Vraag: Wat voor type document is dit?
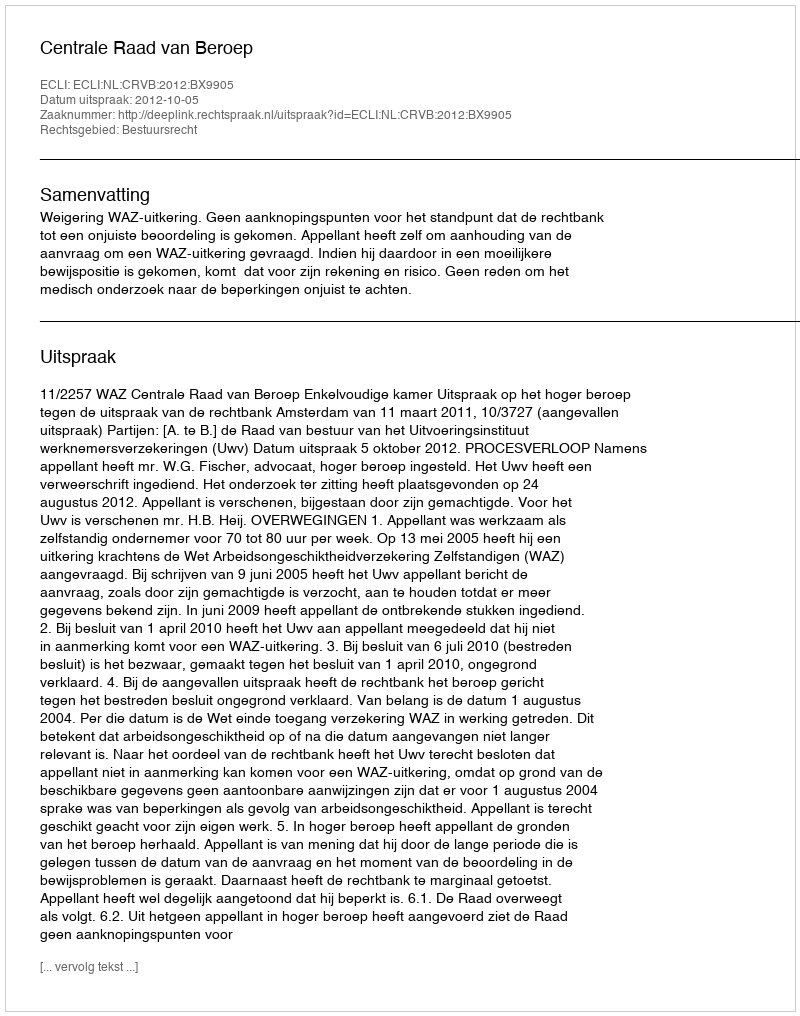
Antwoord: Uitspraak